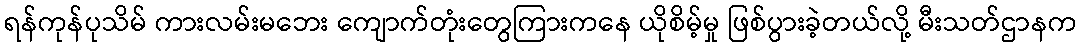
ရန်ကုန်ပုသိမ် ကားလမ်းမဘေး ကျောက်တုံးတွေကြားကနေ ယိုစိမ့်မှု ဖြစ်ပွားခဲ့တယ်လို့ မီးသတ်ဌာနက